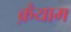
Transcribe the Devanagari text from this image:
क़ैयाम